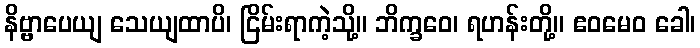
နိဗ္ဗာပေယျ သေယျထာပိ၊ ငြိမ်းရာကဲ့သို့။ ဘိက္ခဝေ၊ ရဟန်းတို့။ ဧဝမေဝ ခေါ၊